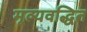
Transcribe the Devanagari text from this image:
मूल्यवद्धित